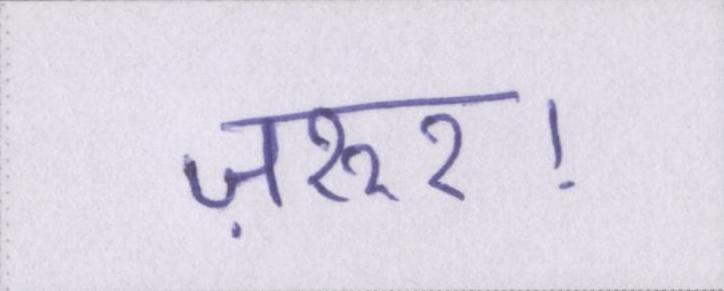
ज़रुर।